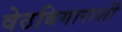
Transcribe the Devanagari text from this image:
वेठबिगाराशी